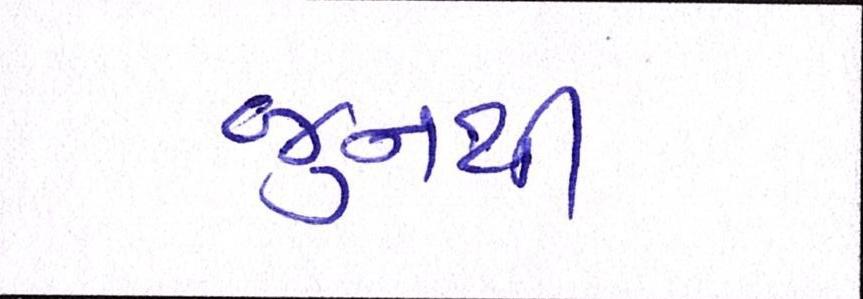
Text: જુનથી